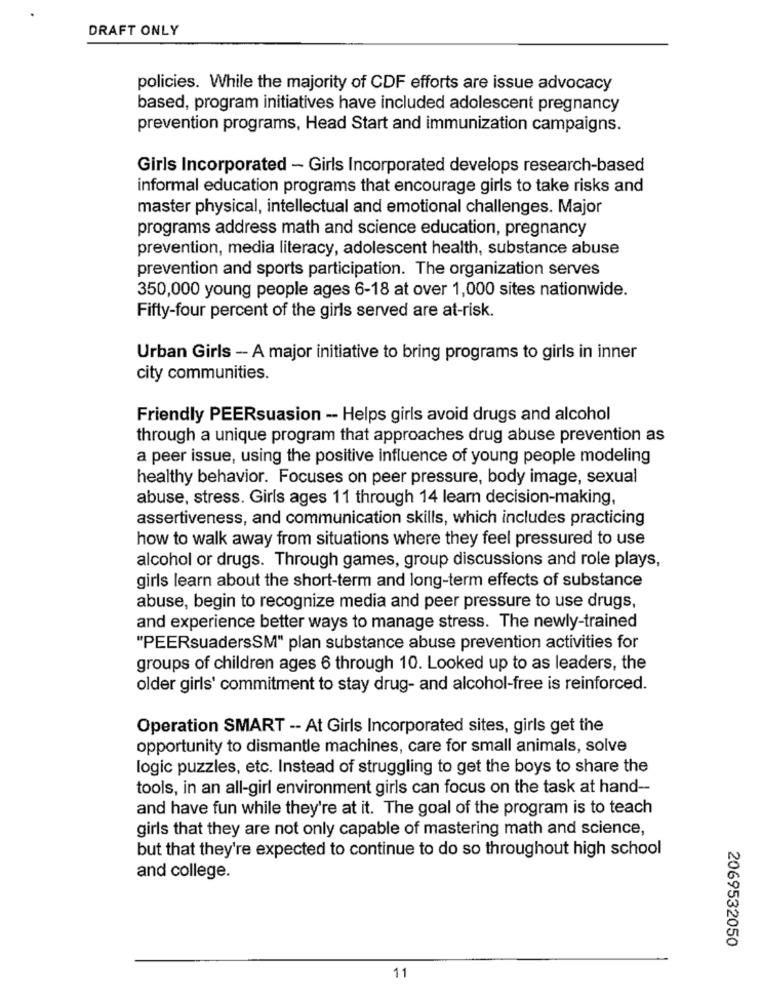
DRAFT ONLY
policies. While the majority of CDF efforts are issue advocacy
based, program initiatives have included adolescent pregnancy
prevention programs, Head Start and immunization campaigns.
Girls Incorporated - Girls Incorporated develops research-based
informal education programs that encourage girls to take risks and
master physical, intellectual and emotional challenges. Major
programs address math and science education, pregnancy
prevention, media literacy, adolescent health, substance abuse
prevention and sports participation. The organization serves
350,000 young people ages 6-18 at over 1,000 sites nationwide.
Fifty-four percent of the girls served are at-risk.
Urban Girls - A major initiative to bring programs to girls in inner
city communities.
Friendly PEERsuasion -- Helps girls avoid drugs and alcohol
through a unique program that approaches drug abuse prevention as
a peer issue, using the positive influence of young people modeling
healthy behavior. Focuses on peer pressure, body image, sexual
abuse, stress. Girls ages 11 through 14 learn decision-making,
assertiveness, and communication skills, which includes practicing
how to walk away from situations where they feel pressured to use
alcohol or drugs. Through games, group discussions and role plays,
girls learn about the short-term and long-term effects of substance
abuse, begin to recognize media and peer pressure to use drugs,
and experience better ways to manage stress. The newly-trained
"PEERsuadersSM" plan substance abuse prevention activities for
groups of children ages 6 through 10. Looked up to as leaders, the
older girls' commitment to stay drug- and alcohol-free is reinforced.
Operation SMART -- At Girls Incorporated sites, girls get the
opportunity to dismantle machines, care for small animals, solve
logic puzzles, etc. Instead of struggling to get the boys to share the
tools, in an all-girl environment girls can focus on the task at hand --
and have fun while they're at it. The goal of the program is to teach
girls that they are not only capable of mastering math and science,
but that they're expected to continue to do so throughout high school
and college.
2069532050
11